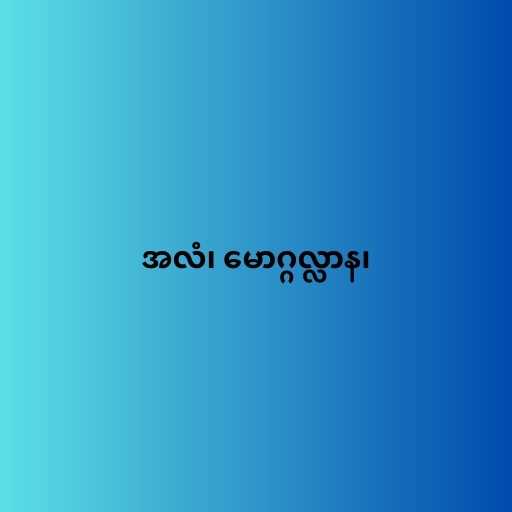
အလံ၊ မောဂ္ဂလ္လာန၊